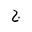
Letter: _gim